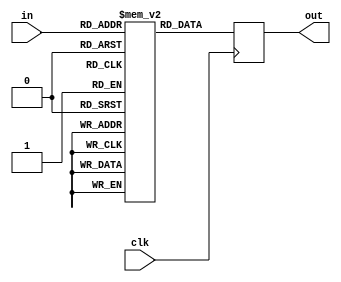
module location_memory(in,out,clk);
input[5:0] in;
input clk;
output reg[7:0] out;
reg[7:0] mem[0:63];
always @(posedge clk) begin
    if(in==8'hFF)out<={8{1'b1}};
    else begin
      out<=mem[in];
    end
end
endmodule
module location_memory_counter(out,clr,clk,com);
input clk,clr;
output reg com;
output[5:0] out;
reg[5:0] counter;
assign out=counter;
always @(posedge clk) begin
    if(clr)begin counter<=6'b000000;com<=1'b0; end
    else if(counter==6'b101100)begin counter<=6'b000000;com<=1'b1; end
    else begin counter<=counter+1;com<=1'b0; end
end
endmodule
module location_to_index_A(base_address,location_memory_out,memory_in);
parameter  N=32;
parameter M=256;
parameter width = 8;
parameter row = 5;
input[width-1:0] base_address;
input[width-1:0] location_memory_out;
output reg[width-1:0] memory_in;
always @(*) begin
    if(location_memory_out==8'b11111111)memory_in<=8'b11111111;
    else begin
      memory_in<={4'b0000,location_memory_out[7:4]}*row+{4'b0000,location_memory_out[3:0]};
    end
end
endmodule
module location_to_index_B(base_address,location_memory_out,memory_in);
parameter  N=32;
parameter M=256;
parameter width = 8;
parameter row = 5;
input[width-1:0] base_address;
input[width-1:0] location_memory_out;
output reg[width-1:0] memory_in;
always @(*) begin
    if(location_memory_out==8'b11111111)memory_in<=8'b11111111;
    else begin
      memory_in<={4'b0000,location_memory_out[3:0]}*row+{4'b0000,location_memory_out[7:4]};
    end
end
endmodule
module memory(in,out,clk);
parameter width =8;
parameter N = 32;
input clk;
input[width-1:0] in;
output reg[N-1:0] out;
reg[N-1:0] mem[0:256];
always @(posedge clk) begin
    if(in==8'b11111111)out<=8'b00000000;
    else out<=mem[in];
end
endmodule
module de_mux(sel,in,out0,out1,out2,out3,out4);
parameter N =32;
input[2:0] sel;
input[N-1:0] in;
output reg[N-1:0] out0,out1,out2,out3,out4;
always @(*) begin
    case(sel)
    3'b000:out0<=in;
    3'b001:out1<=in;
    3'b010:out2<=in;
    3'b011:out3<=in;
    3'b100:out4<=in;
    default:begin out0<={8{1'b0}};out1<={8{1'b0}};out2<={8{1'b0}};out3<={8{1'b0}};out4<={8{1'b0}}; end
    endcase
end
endmodule
module de_mux_counter(out,clr,clk);
input clk,clr;
output[2:0] out;
reg[2:0] counter;
assign out=counter;
always @(posedge clk) begin
    if(clr)counter<=6'b000;
    else if(counter==6'b100)counter<=6'b000;
    else counter<=counter+1;
end
endmodule
module computational_block_A(LM_clr,de_mux_clr,com,dmux_sel_out,base_address,clk,out0,out1,out2,out3,out4);
input LM_clr,de_mux_clr,clk;
output com;
input[7:0] base_address;
output[31:0] out0,out1,out2,out3,out4;
output[2:0] dmux_sel_out;
wire[5:0] LM_counter_out;
wire[7:0] LM_data;
wire[7:0] mem_address;
wire[31:0] mem_data;
wire[2:0] dmux_sel;
assign dmux_sel_out=dmux_sel;
location_memory_counter LMC(LM_counter_out,LM_clr,clk,com);
location_memory LM(LM_counter_out,LM_data,clk);
location_to_index_A LtoI(base_address,LM_data,mem_address);
memory MEM(mem_address,mem_data,clk);
de_mux_counter DMC(dmux_sel,de_mux_clr,clk);
de_mux DM(dmux_sel,mem_data,out0,out1,out2,out3,out4);
endmodule
module computational_block_B(LM_clr,de_mux_clr,com,dmux_sel_out,base_address,clk,out0,out1,out2,out3,out4);
input LM_clr,de_mux_clr,clk;
output com;
input[7:0] base_address;
output[31:0] out0,out1,out2,out3,out4;
output[2:0] dmux_sel_out;
wire[5:0] LM_counter_out;
wire[7:0] LM_data;
wire[7:0] mem_address;
wire[31:0] mem_data;
wire[2:0] dmux_sel;
assign dmux_sel_out=dmux_sel;
location_memory_counter LMC(LM_counter_out,LM_clr,clk,com);
location_memory LM(LM_counter_out,LM_data,clk);
location_to_index_B LtoI(base_address,LM_data,mem_address);
memory MEM(mem_address,mem_data,clk);
de_mux_counter DMC(dmux_sel,de_mux_clr,clk);
de_mux DM(dmux_sel,mem_data,out0,out1,out2,out3,out4);
endmodule
module controller(init,com,base_address_in,LM_clr,de_mux_clr,base_address,clk);
input init,com,clk;
input[7:0] base_address_in;
output reg LM_clr,de_mux_clr;
output reg[7:0] base_address;
reg[2:0] state;
parameter  S0=3'b000,S1=3'b001,S2=3'b010,S3=3'b011,S4=3'b100;
always @(posedge clk) begin
    case(state)
    S0:state<=init?S1:S0;
    S1:state<=S2;
    S2:state<=S3;
    S3:state<=com?S4:S3;
    S4:state<=S0;
    endcase
end
always @(state) begin
    case(state)
    S0:begin LM_clr<=1'b1;de_mux_clr<=1'b1;base_address<=base_address_in; end
    S1:begin LM_clr<=1'b0;de_mux_clr<=1'b1; end
    S2:begin LM_clr<=1'b0;de_mux_clr<=1'b1; end
    S3:begin LM_clr<=1'b0;de_mux_clr<=1'b0; end
    S4:begin LM_clr<=1'b0;de_mux_clr<=1'b0; end
    endcase
end
endmodule
module input_of_FIFO_A(init,com,de_mux_clr_out,dmux_sel_out,base_address,clk,out0,out1,out2,out3,out4);
input init,clk;
output com;
input[7:0] base_address;
output[31:0] out0,out1,out2,out3,out4;
output de_mux_clr_out;
output[2:0] dmux_sel_out;
wire LM_clr,de_mux_clr;
wire[7:0] base_address_ctrl;
wire complete;
assign com=complete;
assign de_mux_clr_out=de_mux_clr;
computational_block_A CB(LM_clr,de_mux_clr,complete,dmux_sel_out,base_address_ctrl,clk,out0,out1,out2,out3,out4);
controller CN(init,complete,base_address,LM_clr,de_mux_clr,base_address_ctrl,clk);
endmodule
module input_of_FIFO_B(init,com,de_mux_clr_out,dmux_sel_out,base_address,clk,out0,out1,out2,out3,out4);
input init,clk;
output com;
input[7:0] base_address;
output[31:0] out0,out1,out2,out3,out4;
output de_mux_clr_out;
output[2:0] dmux_sel_out;
wire LM_clr,de_mux_clr;
wire[7:0] base_address_ctrl;
wire complete;
assign com=complete;
assign de_mux_clr_out=de_mux_clr;
computational_block_B CB(LM_clr,de_mux_clr,complete,dmux_sel_out,base_address_ctrl,clk,out0,out1,out2,out3,out4);
controller CN(init,complete,base_address,LM_clr,de_mux_clr,base_address_ctrl,clk);
endmodule
module FIFO(clk,rst,buf_in,buf_out,wr_en,rd_en,buf_empty,buf_full);
parameter N=32;
input rst,clk,wr_en,rd_en;
input[N-1:0] buf_in;
output reg[N-1:0] buf_out;
output reg buf_empty,buf_full;
reg[6:0] fifo_counter;
reg[5:0] rd_ptr,wr_ptr;
reg[N-1:0] buf_mem[63:0];
always @(fifo_counter) begin
    buf_empty<=(fifo_counter==0);
    buf_full<=(fifo_counter==64);
end
always @(posedge clk or posedge rst)begin
    if(rst)fifo_counter<=0;
    else if((!buf_full && wr_en) && (!buf_empty && rd_en))fifo_counter<=fifo_counter;
    else if(!buf_full && wr_en) fifo_counter<=fifo_counter+1;
    else if(!buf_empty && rd_en)fifo_counter<=fifo_counter-1;
    else fifo_counter<=fifo_counter;
end
always @(posedge clk or posedge rst)begin
    if(rst)buf_out<=0;
    else begin
        if(rd_en && !buf_empty)
        buf_out<=buf_mem[rd_ptr];
        else
        buf_out<=buf_out;
    end
end
always @(posedge clk)begin
    if(wr_en && !buf_full)buf_mem[wr_ptr]<=buf_in;
    else buf_mem[wr_ptr]<=buf_mem[wr_ptr];
end
always @(posedge clk or posedge rst)begin
    if(rst)begin
        wr_ptr<=0;
        rd_ptr<=0;
    end
    else begin
        if(!buf_full && wr_en)wr_ptr<=wr_ptr+1;
        else wr_ptr<=wr_ptr;
        if(!buf_empty && rd_en)rd_ptr<=rd_ptr+1;
        else rd_ptr<=rd_ptr;
end
end
endmodule
module signal_to_FIFO(demux_clr,demux_sel,write_en);
input demux_clr;
input[2:0] demux_sel;
output reg[4:0] write_en;
always @(*) begin
    case(demux_sel)
    3'b000:write_en<=demux_clr?5'b00000:5'b00001;
    3'b001:write_en<=demux_clr?5'b00000:5'b00010;
    3'b010:write_en<=demux_clr?5'b00000:5'b00100;
    3'b011:write_en<=demux_clr?5'b00000:5'b01000;
    3'b100:write_en<=demux_clr?5'b00000:5'b10000;
    default:write_en<=5'b00000;
    endcase
end
endmodule
module MEM_FIFO_A(init,com,clk,rst,rd_en,base_address,out0,out1,out2,out3,out4);
input init,clk,rst;
output com;
output[31:0] out0,out1,out2,out3,out4;
input[7:0] base_address;
input[4:0] rd_en;
wire[31:0] in0,in1,in2,in3,in4;
wire[4:0] wr_en,buf_empty,buf_full;
wire[2:0] dmux_sel_out;
wire en;
assign en=&buf_full;
input_of_FIFO_A IOF(init & ~en,com,de_mux_clr_out,dmux_sel_out,base_address,clk,in0,in1,in2,in3,in4);
FIFO F0(clk,rst,in0,out0,wr_en[0],rd_en[0],buf_empty[0],buf_full[0]);
FIFO F1(clk,rst,in1,out1,wr_en[1],rd_en[1],buf_empty[1],buf_full[1]);
FIFO F2(clk,rst,in2,out2,wr_en[2],rd_en[2],buf_empty[2],buf_full[2]);
FIFO F3(clk,rst,in3,out3,wr_en[3],rd_en[3],buf_empty[3],buf_full[3]);
FIFO F4(clk,rst,in4,out4,wr_en[4],rd_en[4],buf_empty[4],buf_full[4]);
signal_to_FIFO STF(de_mux_clr_out,dmux_sel_out,wr_en);
endmodule
module MEM_FIFO_B(init,com,clk,rst,rd_en,base_address,out0,out1,out2,out3,out4);
input init,clk,rst;
output com;
output[31:0] out0,out1,out2,out3,out4;
input[7:0] base_address;
input[4:0] rd_en;
wire[31:0] in0,in1,in2,in3,in4;
wire[4:0] wr_en,buf_empty,buf_full;
wire[2:0] dmux_sel_out;
wire en;
assign en=&buf_full;
input_of_FIFO_B IOF(init & ~en,com,de_mux_clr_out,dmux_sel_out,base_address,clk,in0,in1,in2,in3,in4);
FIFO F0(clk,rst,in0,out0,wr_en[0],rd_en[0],buf_empty[0],buf_full[0]);
FIFO F1(clk,rst,in1,out1,wr_en[1],rd_en[1],buf_empty[1],buf_full[1]);
FIFO F2(clk,rst,in2,out2,wr_en[2],rd_en[2],buf_empty[2],buf_full[2]);
FIFO F3(clk,rst,in3,out3,wr_en[3],rd_en[3],buf_empty[3],buf_full[3]);
FIFO F4(clk,rst,in4,out4,wr_en[4],rd_en[4],buf_empty[4],buf_full[4]);
signal_to_FIFO STF(de_mux_clr_out,dmux_sel_out,wr_en);
endmodule
module counter(out,clk,clr);
input clk,clr;
output reg[3:0] out;
always @(posedge clk) begin
    if(clr)out<=4'b0000;
    else out<=out+1;
end
endmodule
module Processing_Element(A,B,Aout,Bout,clk,clr,read,write);
parameter N=32;
input[N-1:0] A,B;
output reg[N-1:0] Aout,Bout;
reg[N-1:0] Acc;
input clk,clr,read,write;
always @(posedge clk)begin
    if(clr & ~read & ~write)begin
        Acc<=0;
        Aout<=0;
        Bout<=0;
    end
    // else if(~clr & read & ~write)begin
    //     Acc<=B;
    // end
    // else if(~clr & write & ~read)begin
    //     Bout<=Acc;
    // end
    // else if(clr & write & ~read)begin
    //     Bout<=Acc;
    //     Acc<=0;
    // end
    // else if(~clr & write & read)begin
    //     Bout<=Acc;
    //     Acc<=B;
    // end
    else if(~clr & read & ~write)begin
      Bout<=Acc;
    end
    else if(~clr & ~read & write )begin
      Bout<=B;
    end
    else begin
        Acc<=Acc+A*B;
        Aout<=A;
        Bout<=B;
    end
end
endmodule
module PE_layer(A0,B0,B1,B2,B3,B4,A0_out,B0_out,B1_out,B2_out,B3_out,B4_out,clk,clr,read,write);
parameter N=32;
parameter M=5;
input[N-1:0] A0,B0,B1,B2,B3,B4;
output[N-1:0] A0_out,B0_out,B1_out,B2_out,B3_out,B4_out;
input clk;
input[M-1:0] clr,read,write;
wire[N-1:0] A0_temp0,A0_temp1,A0_temp2,A0_temp3;
Processing_Element PE0(A0,B0,A0_temp0,B0_out,clk,clr[0],read[0],write[0]);
Processing_Element PE1(A0_temp0,B1,A0_temp1,B1_out,clk,clr[1],read[1],write[1]);
Processing_Element PE2(A0_temp1,B2,A0_temp2,B2_out,clk,clr[2],read[2],write[2]);
Processing_Element PE3(A0_temp2,B3,A0_temp3,B3_out,clk,clr[3],read[3],write[3]);
Processing_Element PE4(A0_temp3,B4,A0_out,B4_out,clk,clr[4],read[4],write[4]);
endmodule
module Systolic_Array(A0,A1,A2,A3,A4,B0,B1,B2,B3,B4,A0_out,A1_out,A2_out,A3_out,A4_out,B0_out,B1_out,B2_out,B3_out,B4_out,clk,clr,clr_C,read,write);
parameter N=32;
parameter M=25;
input[N-1:0] A0,A1,A2,A3,A4,B0,B1,B2,B3,B4;
output[N-1:0] A0_out,A1_out,A2_out,A3_out,A4_out,B0_out,B1_out,B2_out,B3_out,B4_out;
input clk,clr_C;
input[M-1:0] clr,read,write;
wire[3:0] cout;
wire[N-1:0] B0_temp0,B1_temp0,B2_temp0,B3_temp0,B4_temp0;
wire[N-1:0] B0_temp1,B1_temp1,B2_temp1,B3_temp1,B4_temp1;
wire[N-1:0] B0_temp2,B1_temp2,B2_temp2,B3_temp2,B4_temp2;
wire[N-1:0] B0_temp3,B1_temp3,B2_temp3,B3_temp3,B4_temp3;
counter C0(cout,clk,clr_C);
PE_layer PE_layer0(A0,B0,B1,B2,B3,B4,A0_out,B0_temp0,B1_temp0,B2_temp0,B3_temp0,B4_temp0,clk,clr[4:0],read[4:0],write[4:0]);
PE_layer PE_layer1(A1,B0_temp0,B1_temp0,B2_temp0,B3_temp0,B4_temp0,A1_out,B0_temp1,B1_temp1,B2_temp1,B3_temp1,B4_temp1,clk,clr[9:5],read[9:5],write[9:5]);
PE_layer PE_layer2(A2,B0_temp1,B1_temp1,B2_temp1,B3_temp1,B4_temp1,A2_out,B0_temp2,B1_temp2,B2_temp2,B3_temp2,B4_temp2,clk,clr[14:10],read[14:10],write[14:10]);
PE_layer PE_layer3(A3,B0_temp2,B1_temp2,B2_temp2,B3_temp2,B4_temp2,A3_out,B0_temp3,B1_temp3,B2_temp3,B3_temp3,B4_temp3,clk,clr[19:15],read[19:15],write[19:15]);
PE_layer PE_layer4(A4,B0_temp3,B1_temp3,B2_temp3,B3_temp3,B4_temp3,A4_out,B0_out,B1_out,B2_out,B3_out,B4_out,clk,clr[24:20],read[24:20],write[24:20]);
endmodule
// module counter(out,clk,clr);
// input clk,clr;
// output reg[3:0] out;
// always @(posedge clk) begin
//     if(clr)out<=4'b0000;
//     else out<=out+1;
// end
// endmodule
module Controller(init,complete,C,read,write,clr,clr_C,rd_en,wr_en,clk);
input init,clk;
input[3:0] C;
output reg[24:0] read,write,clr;
output reg clr_C,rd_en,wr_en,complete;
reg[2:0] state;
parameter Sinit=3'b000,S1=3'b001,S2=3'b010,S3=3'b011,S4=3'b100,S5=3'b101;
always @(posedge clk) begin
    case (state)
        Sinit:state<=init?S1:Sinit;
        S1:state<=(C==4'b1010)?S2:S1;
        S2:state<=(C==4'b1101)?S3:S2;
        S3:state<=S4;
        S4:state<=(C==4'b0011)?S5:S4;
        S5:state<=Sinit;
    endcase
end
always @(state) begin
    case(state)
    Sinit:begin read<=25'b0;write<=25'b0;clr={25{1'b1}};clr_C<=1'b1;rd_en<=1'b0;wr_en<=1'b0;complete<=1'b0; end
    S1:begin read<=25'b0;write<=25'b0;clr<=25'b0;clr_C<=1'b0;rd_en<=1'b1; end
    S2:begin read<=25'b0;write<=25'b0;clr<=25'b0;clr_C<=1'b0;rd_en<=1'b0; end
    S3:begin read<={25{1'b1}};write<=25'b0;clr<=25'b0;clr_C<=1'b1;rd_en<=1'b0; end
    S4:begin read<=25'b0;write<={25{1'b1}};clr<=25'b0;clr_C<=1'b0;wr_en<=1'b1; end
    S5:begin read<=25'b0;write<={25{1'b0}};clr<={25{1'b1}};clr_C<=1'b0;wr_en<=1'b1;complete<=1'b1; end
    endcase
end
endmodule
module Systolic_Array_Controller(init,complete,read,write,clr,clr_C,rd_en,wr_en,clk);
input init,clk;
output[24:0] read,write,clr;
output clr_C;
output rd_en,wr_en,complete;
//wire clr_C;
wire[3:0] C;
Controller C1(init,complete,C,read,write,clr,clr_C,rd_en,wr_en,clk);
counter co(C,clk,clr_C);
endmodule
module Systolic_Array_with_Controller(init,complete,clk,rd_en,wr_en,A0,A1,A2,A3,A4,B0,B1,B2,B3,B4,A0_out,A1_out,A2_out,A3_out,A4_out,B0_out,B1_out,B2_out,B3_out,B4_out);
parameter N=32;
parameter M=25;
input[N-1:0] A0,A1,A2,A3,A4,B0,B1,B2,B3,B4;
output[N-1:0] A0_out,A1_out,A2_out,A3_out,A4_out,B0_out,B1_out,B2_out,B3_out,B4_out;
input init,clk;
output rd_en,wr_en,complete;
wire[24:0] read,write,clr;
wire clr_C;
Systolic_Array_Controller SAC(init,complete,read,write,clr,clr_C,rd_en,wr_en,clk);
Systolic_Array SA(A0,A1,A2,A3,A4,B0,B1,B2,B3,B4,A0_out,A1_out,A2_out,A3_out,A4_out,B0_out,B1_out,B2_out,B3_out,B4_out,clk,clr,clr_C,read,write);
endmodule
// module MEM_FIFO_SA_Controller(clk,rst,com_A,com_B,rd_en_A,rd_en_B);
// input clk,rst,com_A,com_B;
// output reg[4:0] rd_en_A,rd_en_B;
// always @(posedge clk) begin
// end
// endmodule
module counter_A(clk,rst,inc,dec,com);
input clk,rst,inc,dec;
output com;
reg[5:0] count;
always @(posedge clk) begin
    if(rst)count<=5'b00000;
    else if(inc)count<=count+1;
    else if(dec)count<=count-1;
    else count<=count;
end
assign com=rst?1'b0:(|count);
endmodule
module MEM_FIFO_SA(init,clk,rst,base_address_A,base_address_B,A0_out,A1_out,A2_out,A3_out,A4_out,B0_out,B1_out,B2_out,B3_out,B4_out);
parameter N = 32;
input init,clk,rst;
input[7:0] base_address_A,base_address_B;
output[N-1:0] A0_out,A1_out,A2_out,A3_out,A4_out,B0_out,B1_out,B2_out,B3_out,B4_out;
wire[N-1:0] A0,A1,A2,A3,A4;
wire[N-1:0] B0,B1,B2,B3,B4;
wire com_A,com_B,com_SA;
wire rd_en,wr_en,init_SA;
MEM_FIFO_A MFA(init,com_A,clk,rst,{5{rd_en}},base_address_A,A0,A1,A2,A3,A4);
MEM_FIFO_B MFB(init,com_B,clk,rst,{5{rd_en}},base_address_B,B0,B1,B2,B3,B4);
counter_A CoA(clk,rst,com_A,com_SA,init_SA);
Systolic_Array_with_Controller SAC(init_SA,com_SA,clk,rd_en,wr_en,A0,A1,A2,A3,A4,B0,B1,B2,B3,B4,A0_out,A1_out,A2_out,A3_out,A4_out,B0_out,B1_out,B2_out,B3_out,B4_out);
endmodule